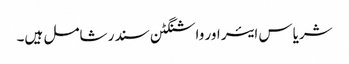
شریاس ایئر اور واشنگٹن سندر شامل ہیں۔